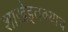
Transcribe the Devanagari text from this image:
शाखेइतक्याच